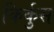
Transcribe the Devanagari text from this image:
किर्कुस